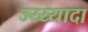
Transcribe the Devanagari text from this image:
ज्य्य्यादा